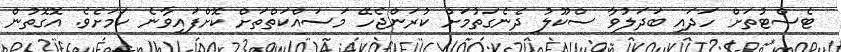
ޓެސްޓުތަށް ހަދައި ބަދަލުވާ ސްކޫލު ދެނެގަތުމަށް ކުރަންޖެހޭ މަސައްކަތްތަށް ކޮށްފައިވާނެ ކަމަށެވެ. އޮގޮތުން